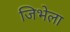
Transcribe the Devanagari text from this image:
जिभेला